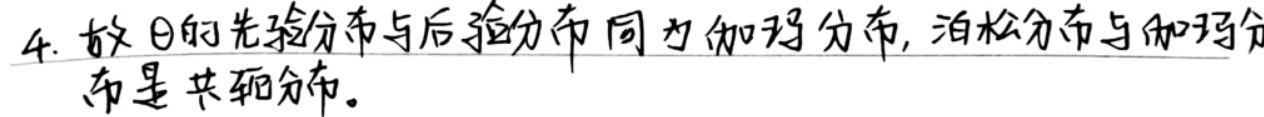
4. 故$\theta$的先验分布与后验分布同为伽玛分布, 泊松分布与伽玛分布是共轭分布。